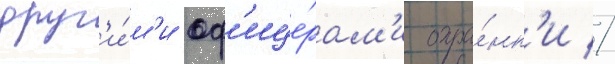
друг'и́м'и оф'ице́рам'и охра́нк'и //